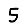
Digit: 5